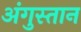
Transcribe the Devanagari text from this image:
अंगुस्तान